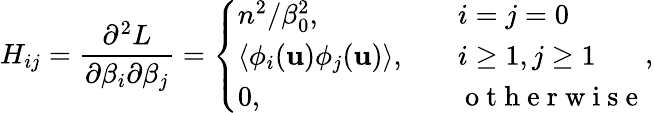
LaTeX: H_{ij}=\frac{\partial^{2}L}{\partial\beta_{i}\partial\beta_{j}}=\left\{ \begin{array}{ll}{n^{2}/\beta_{0}^{2},\quad}&{i=j=0}\\ {\left<\phi_{i}(\mathbf{u})\phi_{j}(\mathbf{u})\right>,\quad}&{i\ge 1,j\ge 1}\\ {0,\quad}&{\mathrm{~o~t~h~e~r~w~i~s~e~}}\end{array}\right.,